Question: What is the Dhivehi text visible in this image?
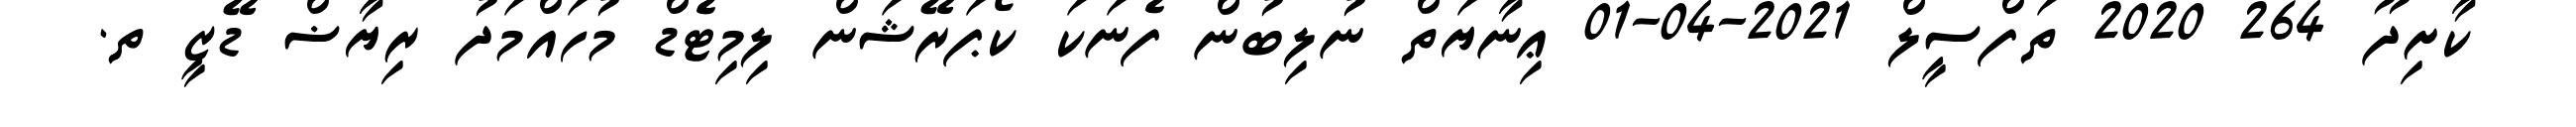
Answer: ކާށިދޫ 264 2020 ތަފްސީލް 2021-04-01 ޢިނާޔަތް ނުލިބުން ފެނަކަ ކޯޕަރޭޝަން ލިމިޓެޑް މުހައްމަދު ރިޔާޟް ޑޭޒީ ތ.